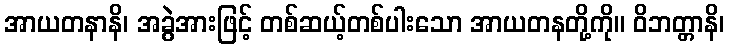
အာယတနာနိ၊ အခွဲအားဖြင့် တစ်ဆယ့်တစ်ပါးသော အာယတနတို့ကို။ ဝိဘတ္တာနိ၊